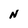
Character: N